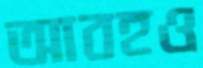
আবহও